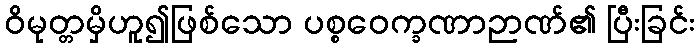
ဝိမုတ္တမှိဟူ၍ဖြစ်သော ပစ္စဝေက္ခဏာဉာဏ်၏ ပြီးခြင်း